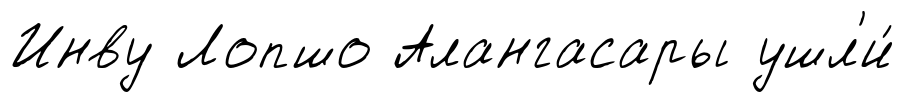
Инву Лопшо Алангасары ушл'и́